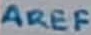
Text: AREF